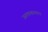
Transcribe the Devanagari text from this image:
ऊतककलमन